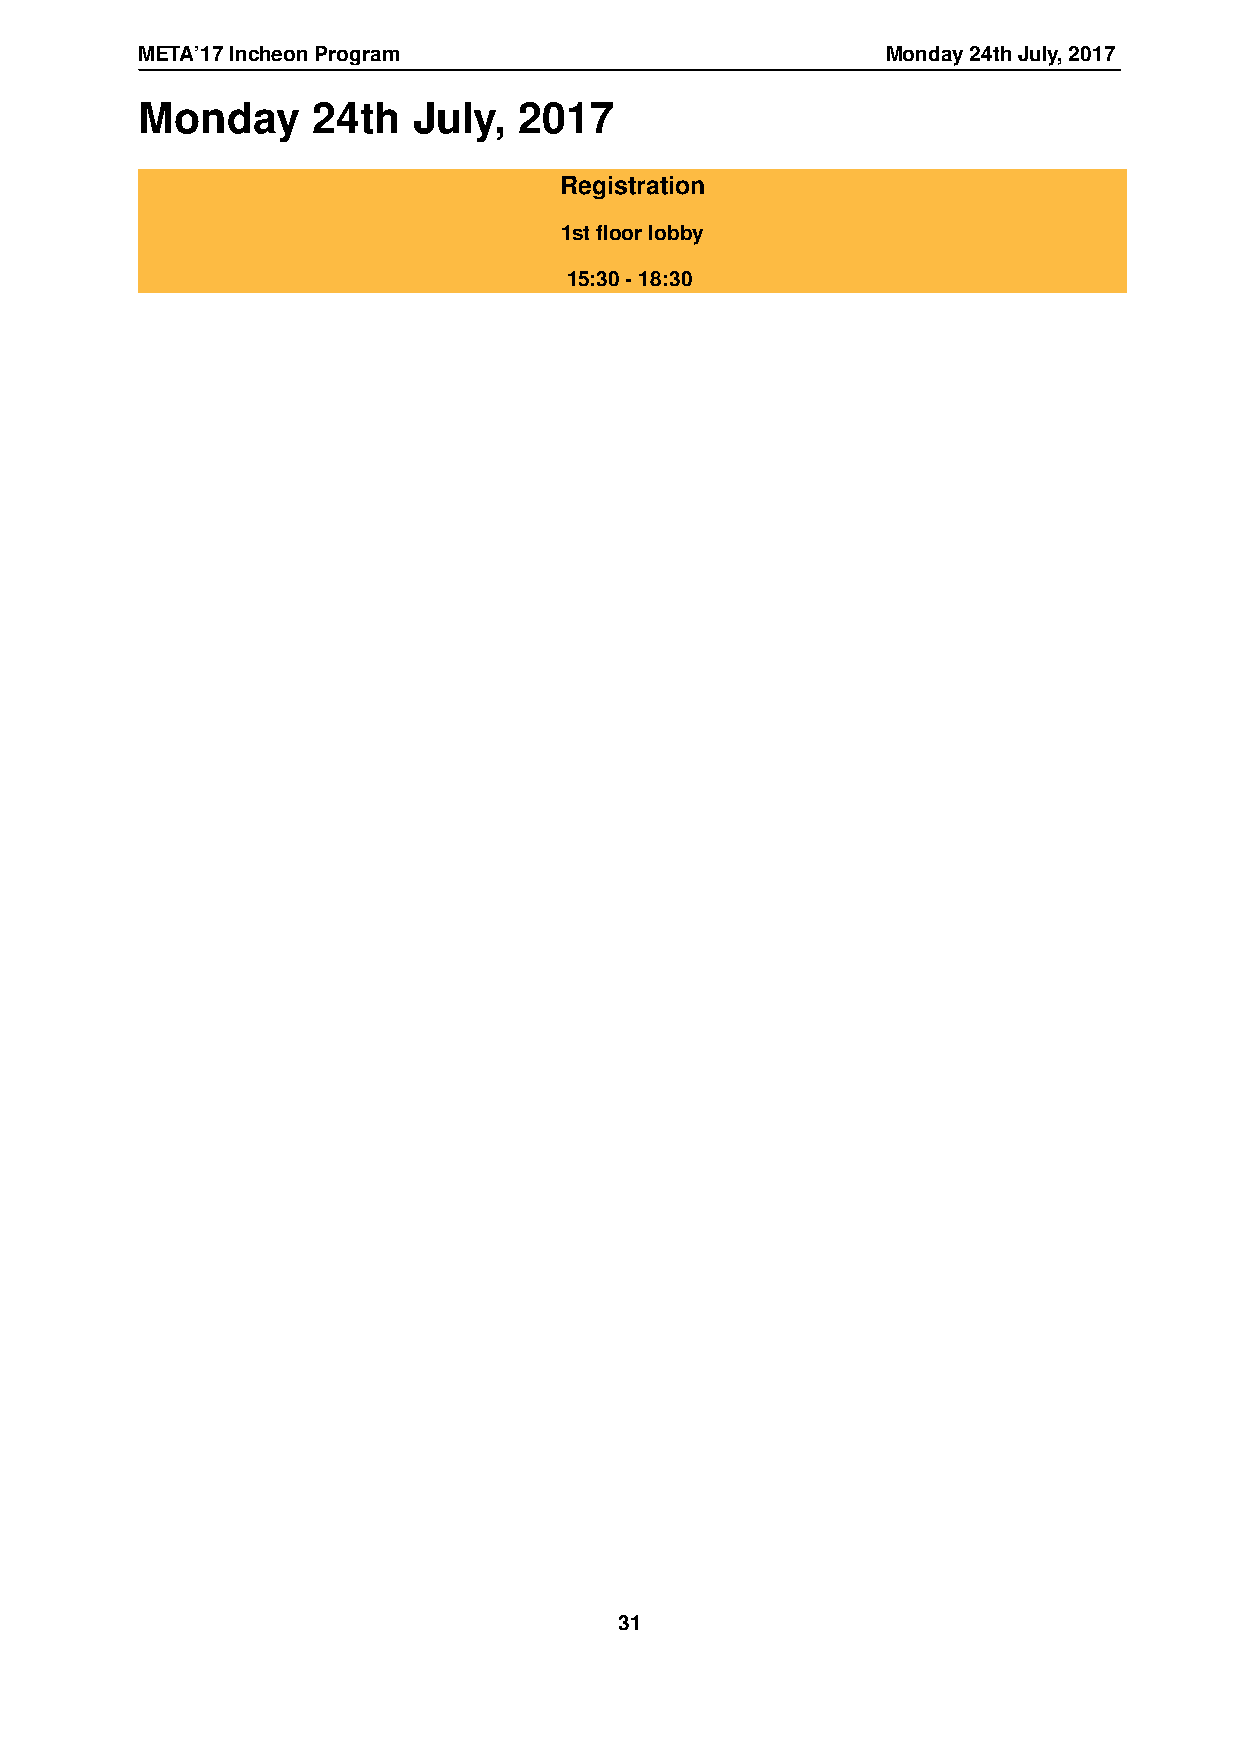
META’17IncheonProgram                             Monday24thJuly,2017
 Monday      24th  July,  2017
 Registration
 1stfloorlobby
 15:30-18:30
 31